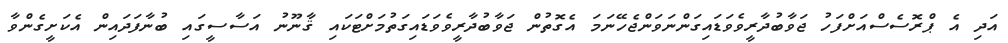
އަދި އެ ޕްރޮސެސްއަށްފަހު ޖަވާބުދާރީވެވަޑައިގަންނަވަންޖެހޭނަމަ އެގޮތުން ޖަވާބުދާރީވެވަޑައިގަތުމަށްޓަކައި ޤާނޫނު އަސާސީގައި ބުނާފަދައިން އެކަށީގެންވާ